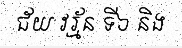
ជ័យ វរ្ម័ន ទី៦ និង